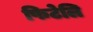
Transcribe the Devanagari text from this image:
फिटेलि